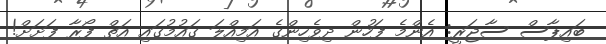
ބައިޕާސް ސާޖަރީ: އެންމެ ފަހުން ދިވެހިންގެ އަމިއްލަ ގައުމުގައި އަތް ފޯރާ ފަށަށް!